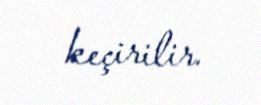
keçirilir.